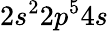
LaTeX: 2s^{2}2p^{5}4s